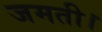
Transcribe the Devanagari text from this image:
जमती।